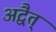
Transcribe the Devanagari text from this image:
अद्वैत्